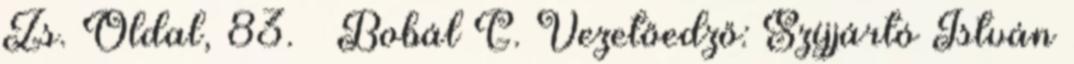
Zs. Oldal, 83. – Bobál G. Vezetőedző: Szíjjártó István